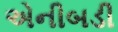
એનીબડી